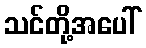
သင်တို့အပေါ်